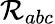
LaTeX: \mathcal{R}_{abc}